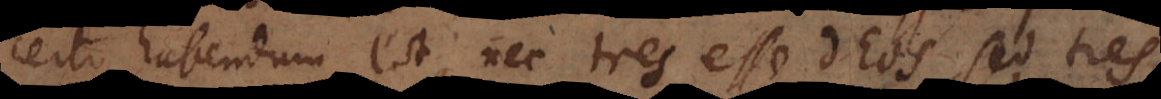
certo habendum est, nec tres esse Deos, sed tres